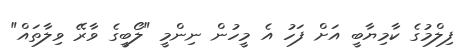
ފިލްމުގެ ކާމިޔާބީ އަށް ފަހު އެ މީހުން ނިންމީ "ލޯބީގެ ވާރޭ ވިލާތައް"